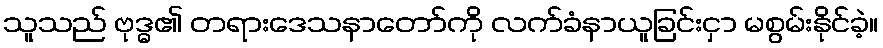
သူသည် ဗုဒ္ဓ၏ တရားဒေသနာတော်ကို လက်ခံနာယူခြင်းငှာ မစွမ်းနိုင်ခဲ့။